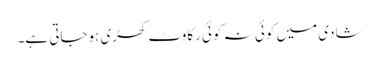
شادی میں کوئی نہ کوئی رکاوٹ کھڑی ہوجاتی ہے۔